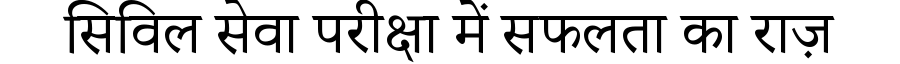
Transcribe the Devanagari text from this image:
सिविल सेवा परीक्षा में सफलता का राज़